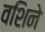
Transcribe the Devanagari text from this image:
वशिने